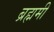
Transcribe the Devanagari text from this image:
ब्रह्ममी